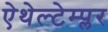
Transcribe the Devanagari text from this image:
ऐथेल्टेम्प्लर